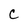
Character: C